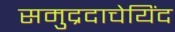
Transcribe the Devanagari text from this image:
समुद्रदाचेयिंद